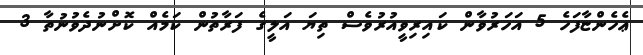
ޢެހެންޏާފަހެ 5 އަހަރުވާން ކައިރިވީއުރުވެސް ތިޔަ އަލީގެ ފަރާތުން ކަމެއް ކޮށްނުދެވުނުތާ 3